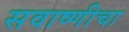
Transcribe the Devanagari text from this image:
सवाष्णीचा